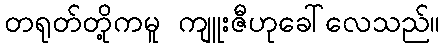
တရုတ်တို့ကမူ ကျူးဇီဟုခေါ်လေသည်။